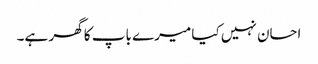
احسان نہیں کیا میرے باپ کا گھر ہے۔